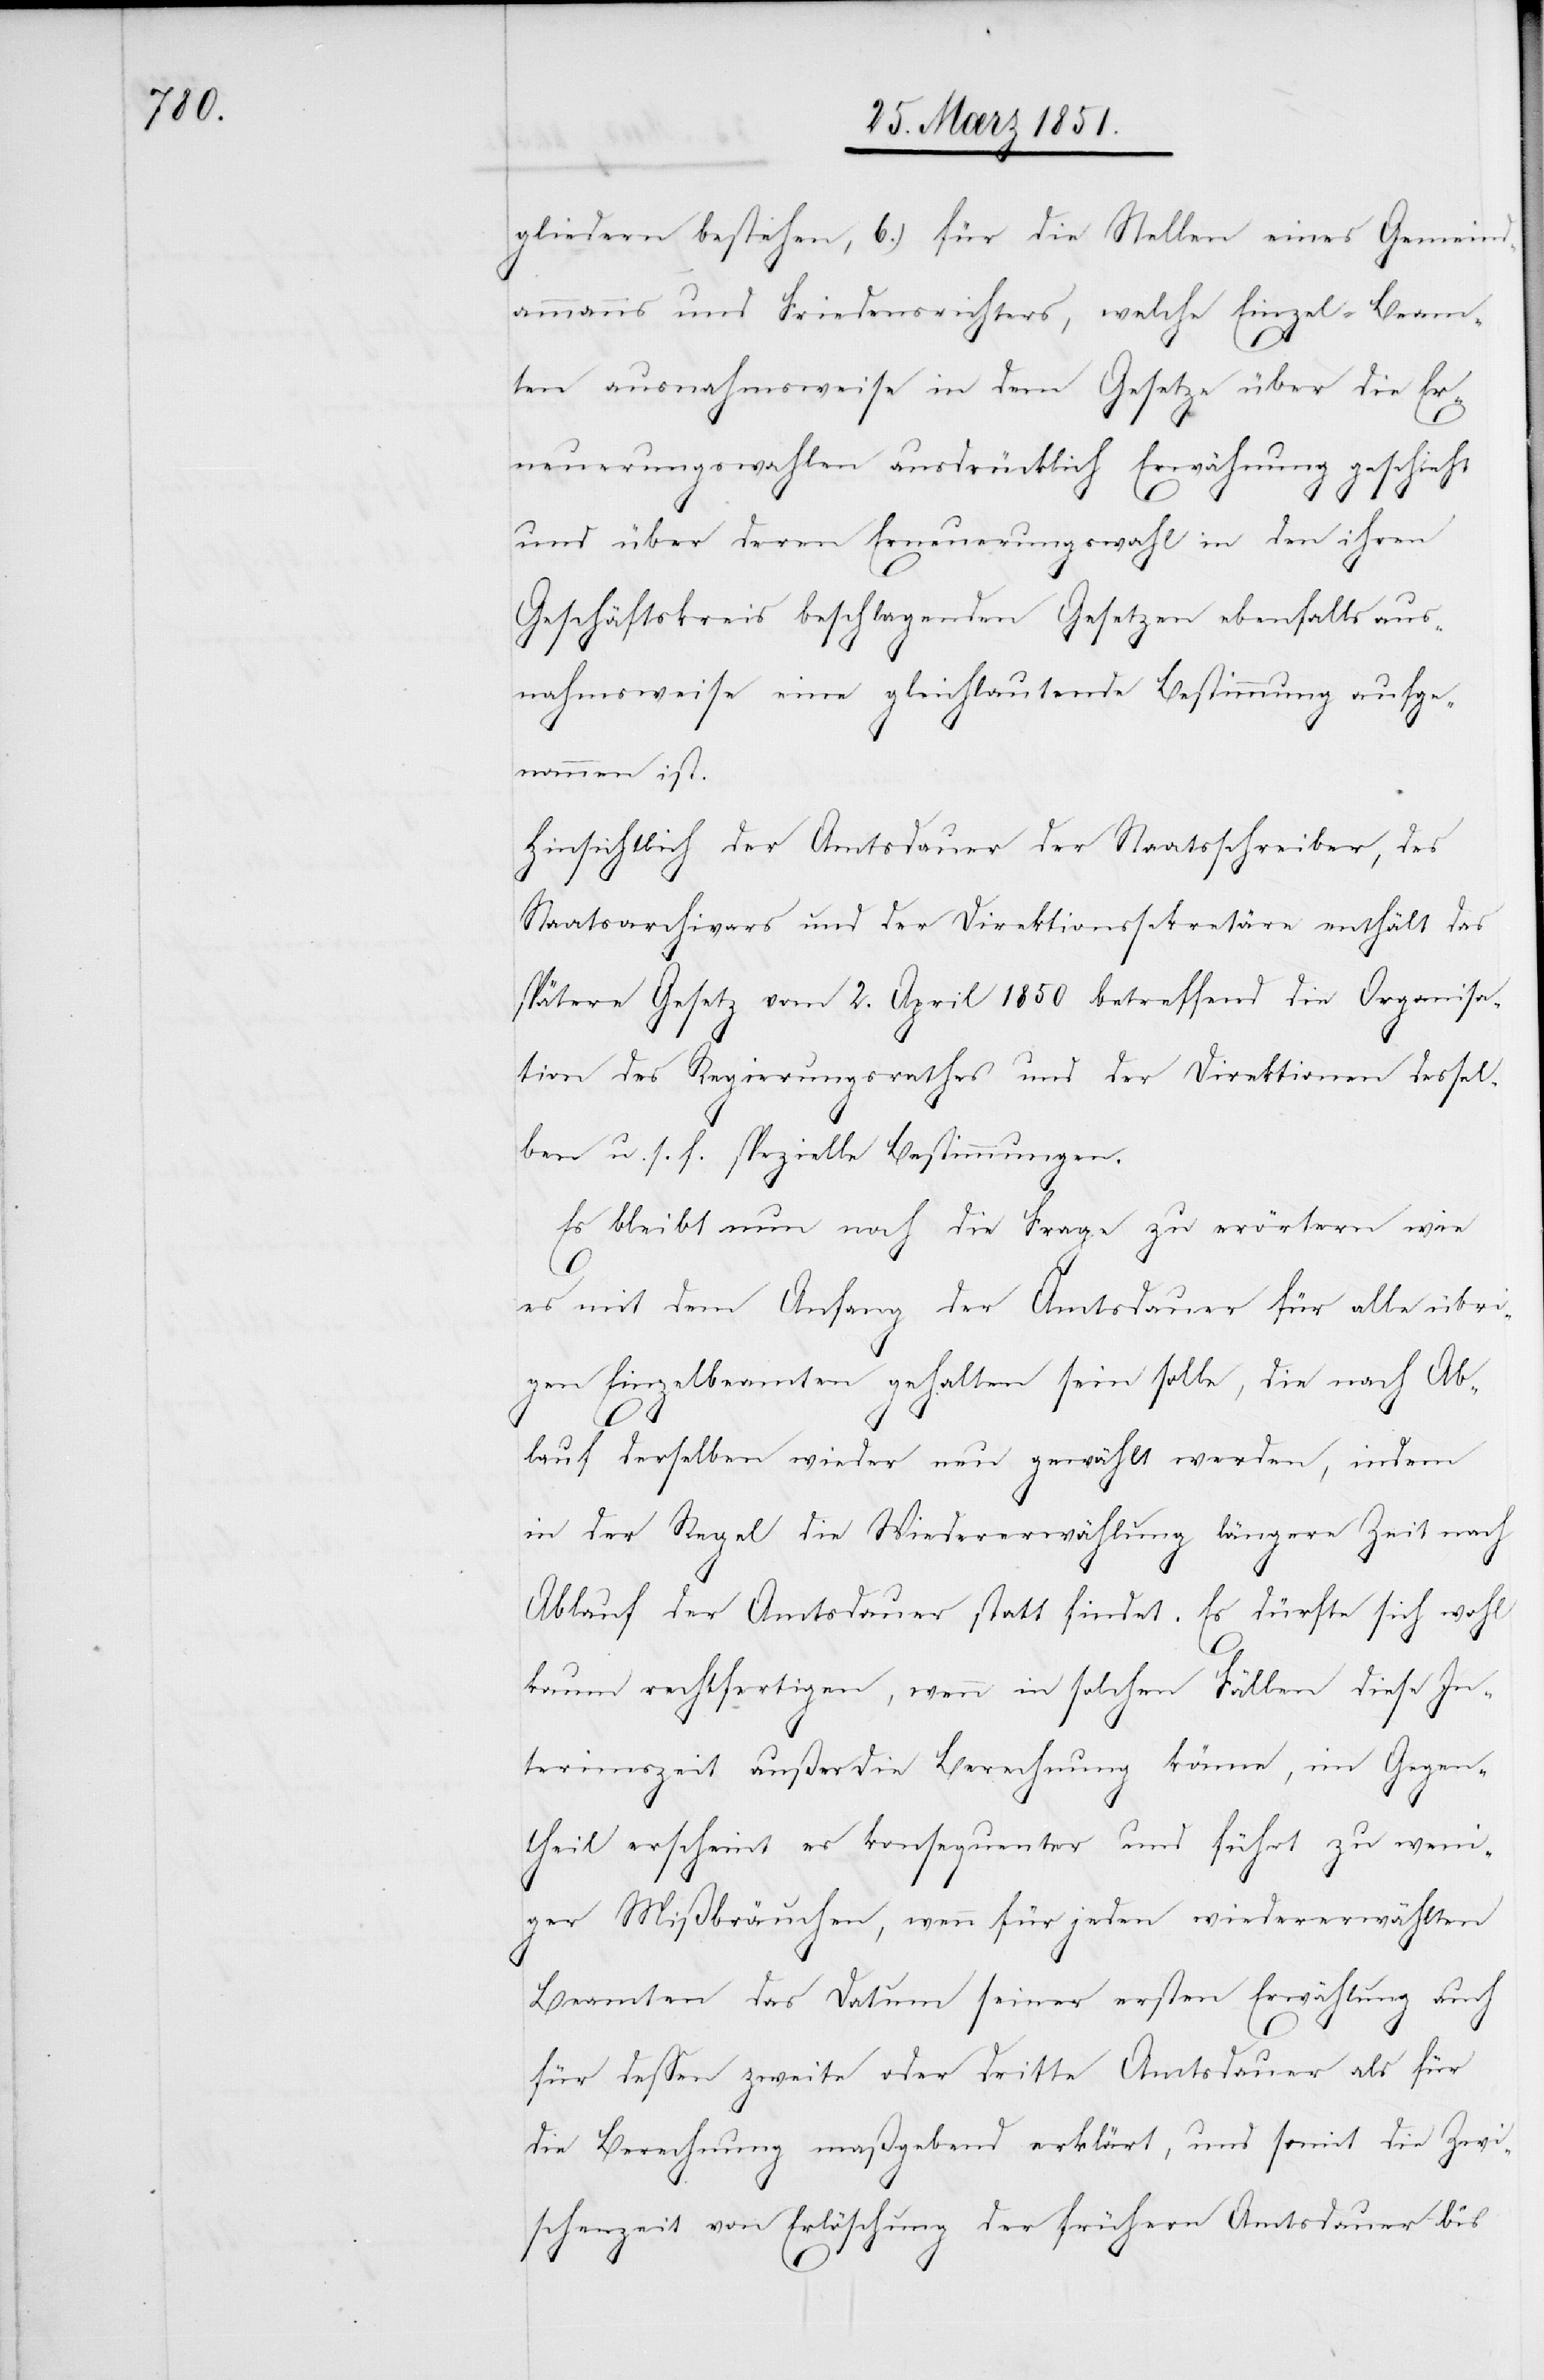
gliedern bestehen, b.) für die Stellen eines Gemein¬
dammanns und Friedensrichters, welche Einzel-Beam¬
ten ausnahmsweise in dem Gesetze über die Er¬
neuerungswahlen ausdrücklich Erwähnung geschieht
und über deren Erneuerungswahl in den ihren
Geschäftskreis beschlagenden Gesetzen ebenfalls aus¬
nahmsweise eine gleichlautende Bestimmung aufge¬
nommen ist.
Hinsichtlich der Amtsdauer der Staatsschreiber, des
Staatsarchivars und der Direktionssekretäre enthält das
spätere Gesetz vom 2. April 1850 betreffend die Organisa¬
tion des Regierungsrathes und der Direktionen dessel¬
ben u. s. f. spezielle Bestimmungen.
Es bleibt nun noch die Frage zu erörtern wie
es mit dem Anfang der Amtsdauer für alle übri¬
gen Einzelbeamten gehalten sein solle, die nach Ab¬
lauf derselben wieder neu gewählt werden, indem
in der Regel die Wiedererwählung längere Zeit nach
Ablauf der Amtsdauer statt findet. Es dürfte sich wohl
kaum rechtfertigen, wenn in solchen Fällen diese In¬
terimszeit außer die Berechnung käme, im Gegen¬
theil erscheint es konsequenter und führt zu weni¬
ger Mißbräuchen, wenn für jeden wiedererwählten
Beamten das Datum seiner ersten Erwählung auch
für dessen zweite oder dritte Amtsdauer als für
die Berechnung maßgebend erklärt, und somit die Zwi¬
schenzeit von Erlöschung der frühern Amtsdauer bis